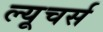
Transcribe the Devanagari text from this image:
ल्यूचर्स